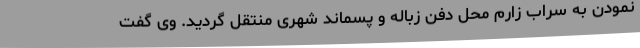
نمودن به سراب زارم محل دفن زباله و پسماند شهری منتقل گردید. وی گفت